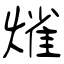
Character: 熦